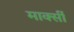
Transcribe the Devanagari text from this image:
मार्क्सी